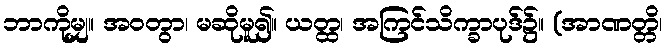
ဘာကိုမျှ။ အဝတွာ၊ မဆိုမူ၍။ ယတ္ထ၊ အကြင်သိက္ခာပုဒ်၌။ (အာဏတ္တိ၊